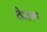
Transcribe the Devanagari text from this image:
ठेवल